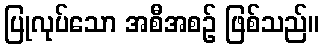
ပြုလုပ်သော အစီအစဉ် ဖြစ်သည်။